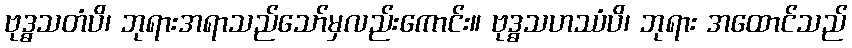
ဗုဒ္ဓသတံပိ၊ ဘုရားအရာသည်သော်မှလည်းကောင်း။ ဗုဒ္ဓသဟဿံပိ၊ ဘုရား အထောင်သည်